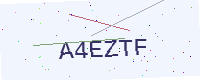
Text: A4EZTF